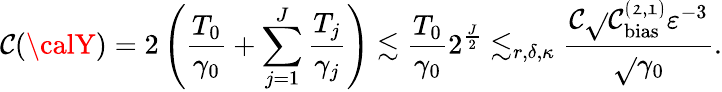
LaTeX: {\cal\mathcal{C}}({\calY})=2\left(\frac{{T_{0}}}{{\gamma_{0}}}+\sum_{j=1}^{J}\frac{{T_{j}}}{{\gamma_{j}}}\right)\lesssim\frac{{T_{0}}}{{\gamma_{0}}}2^{\frac{{J}}{{2}}}\lesssim_{r,\delta,\kappa}\frac{{\mathfrak{{\mathcal{C}}}\sqrt{}{{\mathfrak{{\mathcal{C}_{\mathrm{{bias}}}^{(2,1)}}}}}\varepsilon^{-3}}}{{\sqrt{}{{\gamma_{0}}}}}.